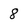
Character: 8